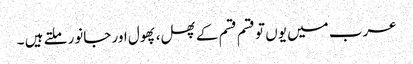
عرب میں یوں تو قسم قسم کے پھل، پھول اور جانور ملتے ہیں ۔